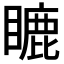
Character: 𥉶